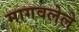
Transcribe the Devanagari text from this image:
मागवलेले